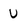
Character: U